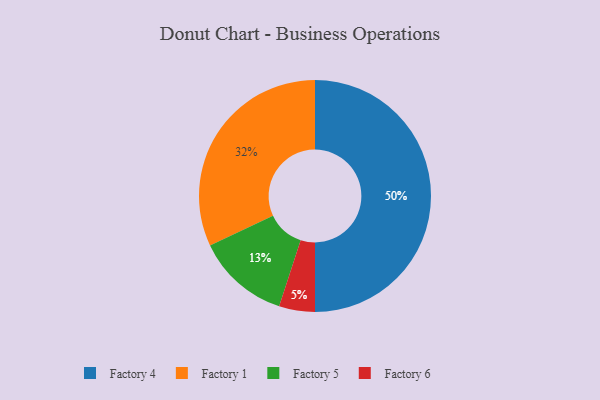
{"axis": {"x": "Category", "y": "Percentage"}, "legend": ["Factory 1", "Factory 4", "Factory 5", "Factory 6"], "data": [{"x": "Factory 6", "y": 5, "type": "Factory 6"}, {"x": "Factory 4", "y": 50, "type": "Factory 4"}, {"x": "Factory 1", "y": 32, "type": "Factory 1"}, {"x": "Factory 5", "y": 13, "type": "Factory 5"}]}